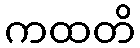
ကထတိ